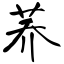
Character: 荞